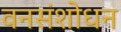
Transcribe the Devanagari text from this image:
वनसंशोधन